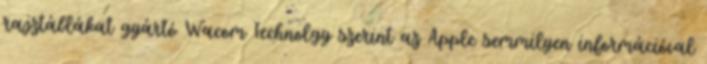
rajztáblákat gyártó Wacom Technolgy szerint az Apple semmilyen információval